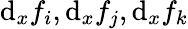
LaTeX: \mathrm{d}_{x}f_{i},\mathrm{d}_{x}f_{j},\mathrm{d}_{x}f_{k}